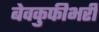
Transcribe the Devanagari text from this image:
बेवकुफीभरी